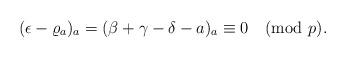
LaTeX: \begin{align*}(\epsilon-\varrho_a)_a=(\beta+\gamma-\delta-a)_a\equiv0\pmod{p}.\end{align*}